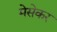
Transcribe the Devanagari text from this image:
मेसेकर